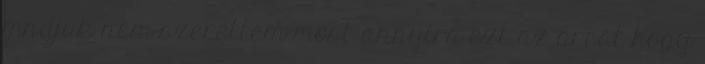
mndjuk nem szerettem most annyira ezt az arcát hogy